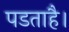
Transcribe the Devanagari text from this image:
पडताहै।